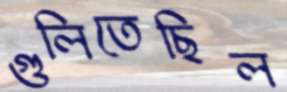
গুলিতেছিল